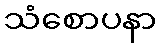
သံစောပနာ